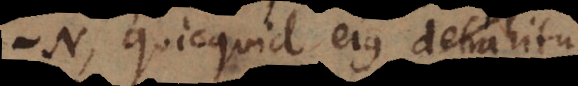
N, quicquid ejus detrahitu